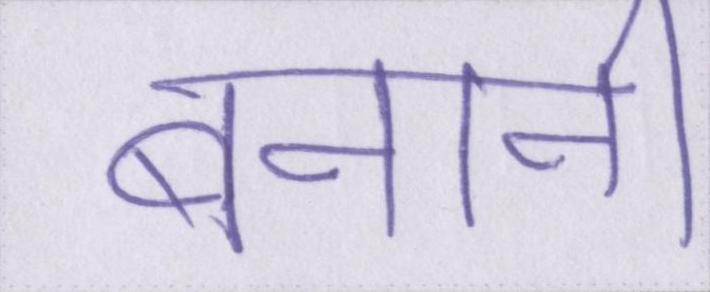
बनानी